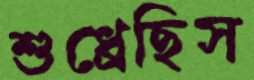
শুধ্‌রেছিস